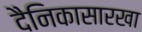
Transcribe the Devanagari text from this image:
दैनिकासारखा